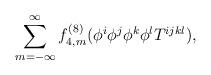
LaTeX: \begin{align*}\sum_{m= -\infty}^{\infty} f^{(8)}_{4,m} (\phi^i \phi^j \phi^k \phi^l T^{ijkl}) ,\end{align*}